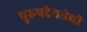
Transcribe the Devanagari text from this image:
पुरुषदेवतेची